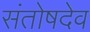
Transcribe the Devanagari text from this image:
संतोषदेव